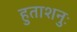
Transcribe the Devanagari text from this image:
हुताशनुः